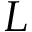
L